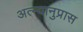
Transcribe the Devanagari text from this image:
अत्न्यानुप्रास